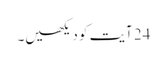
24 آیت کو دیکھیں۔